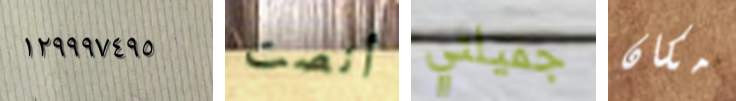
١٢٩٩٩٧٤٩٥ أنصت جميلتي مكان